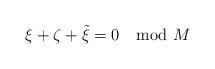
LaTeX: \begin{align*} \xi+\zeta+\tilde\xi = 0 \mod M\end{align*}